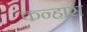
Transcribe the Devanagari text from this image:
कन्हास